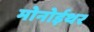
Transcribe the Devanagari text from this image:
मोनोईथर